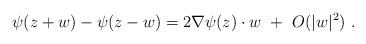
LaTeX: \begin{align*}\psi(z+w)-\psi(z-w) = 2 \nabla\psi(z) \cdot w \ +\ O(|w|^2)\ .\end{align*}